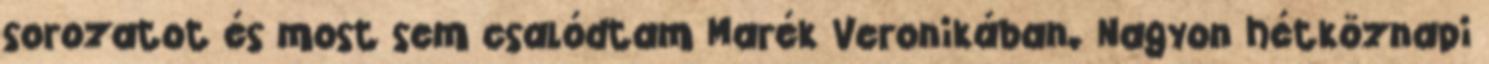
sorozatot és most sem csalódtam Marék Veronikában. Nagyon hétköznapi